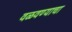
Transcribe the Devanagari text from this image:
वळवण्याचा